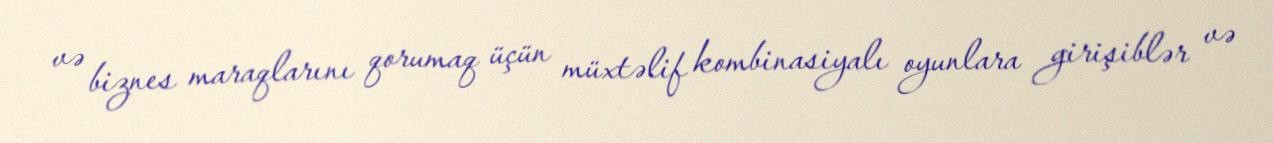
və biznes maraqlarını qorumaq üçün müxtəlif kombinasiyalı oyunlara girişiblər və